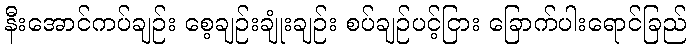
နီးအောင်ကပ်ချဉ်း စေ့ချဉ်းချုံးချဉ်း စပ်ချဉ်ပင့်ငြား ခြောက်ပါးရောင်ခြည်